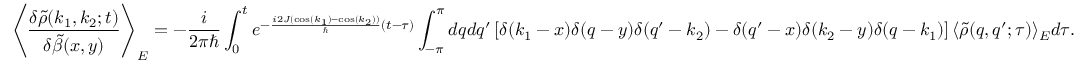
\left\langle \frac { \delta \tilde { \rho } ( k _ { 1 } , k _ { 2 } ; t ) } { \delta \tilde { \beta } ( x , y ) } \right\rangle _ { E } = - \frac { i } { 2 \pi \hbar } \int _ { 0 } ^ { t } e ^ { - \frac { i 2 J ( \cos ( k _ { 1 } ) - \cos ( k _ { 2 } ) ) } { \hbar } ( t - \tau ) } \int _ { - \pi } ^ { \pi } d q d q ^ { \prime } \left[ \delta ( k _ { 1 } - x ) \delta ( q - y ) \delta ( q ^ { \prime } - k _ { 2 } ) - \delta ( q ^ { \prime } - x ) \delta ( k _ { 2 } - y ) \delta ( q - k _ { 1 } ) \right] \langle \tilde { \rho } ( q , q ^ { \prime } ; \tau ) \rangle _ { E } d \tau .